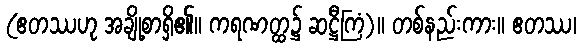
(ဧတဿဟု အချို့စာရှိ၏။ ကရဏတ္ထ၌ ဆဋ္ဌီကြံ)။ တစ်နည်းကား။ ဧတဿ၊